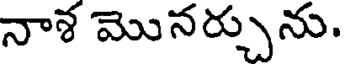
నాశ మొనర్చును.